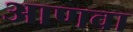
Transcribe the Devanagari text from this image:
आणवा